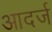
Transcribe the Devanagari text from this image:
आदर्ज